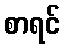
စာရင်